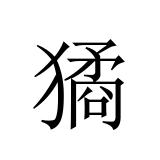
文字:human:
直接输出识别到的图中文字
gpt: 獝